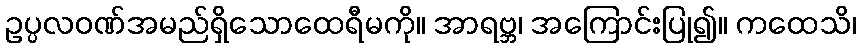
ဥပ္ပလဝဏ်အမည်ရှိသောထေရီမကို။ အာရဗ္ဘ၊ အကြောင်းပြု၍။ ကထေသိ၊